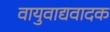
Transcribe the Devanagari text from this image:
वायुवाद्यवादक